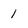
Character: 1